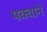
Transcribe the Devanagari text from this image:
पक्वाने